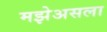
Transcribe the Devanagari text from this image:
मझेअसला